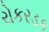
રોકરડક